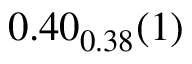
0 . 4 0 _ { 0 . 3 8 } ( 1 )